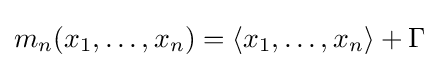
m_{n}(x_{1},\ldots ,x_{n})=\langle x_{1},\ldots ,x_{n}\rangle +\Gamma